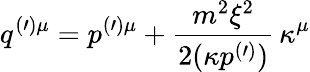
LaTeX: q^{(\prime)\mu}=p^{(\prime)\mu}+\frac{m^{2}\xi^{2}}{2(\kappa p^{(\prime)})}\, \kappa^{\mu}